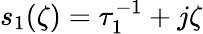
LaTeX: s_{1}(\zeta)=\tau_{1}^{-1}+j\zeta